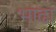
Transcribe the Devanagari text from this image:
भाढा